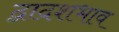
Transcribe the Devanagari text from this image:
द्वादशभाव